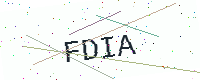
Text: FDIA